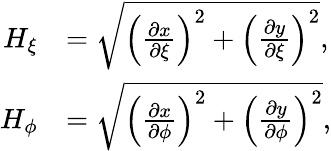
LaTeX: \begin{array}{rl}{H_{\xi}}&{=\sqrt{\left(\frac{\partial x}{\partial\xi}\right)^{2}+\left(\frac{\partial y}{\partial\xi}\right)^{2}},}\\ {H_{\phi}}&{=\sqrt{\left(\frac{\partial x}{\partial\phi}\right)^{2}+\left(\frac{\partial y}{\partial\phi}\right)^{2}},}\end{array}